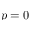
p = 0